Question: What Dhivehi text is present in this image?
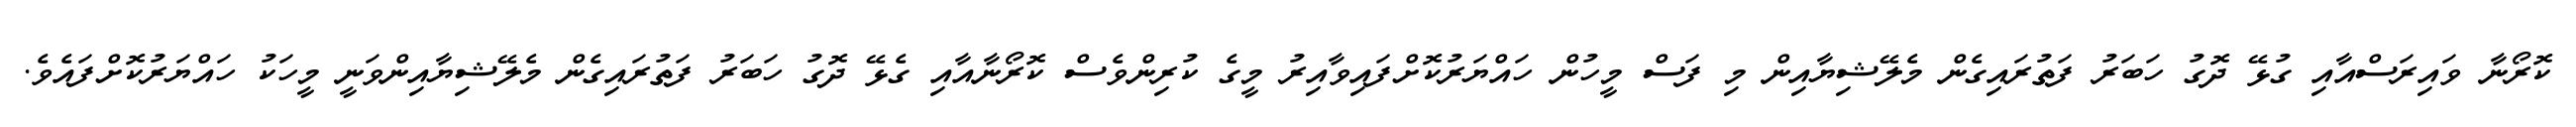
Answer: ކޮރޯނާ ވައިރަސްއާއި ގުޅޭ ދޮގު ހަބަރު ފަތުރައިގެން މެލޭޝިޔާއިން މި ފަސް މީހުން ހައްޔަރުކޮށްފައިވާއިރު މީގެ ކުރިންވެސް ކޮރޯނާއާއި ގެޅޭ ދޮގު ހަބަރު ފަތުރައިގެން މެލޭޝިޔާއިންވަނީ މީހަކު ހައްޔަރުކޮށްފައެވެ.